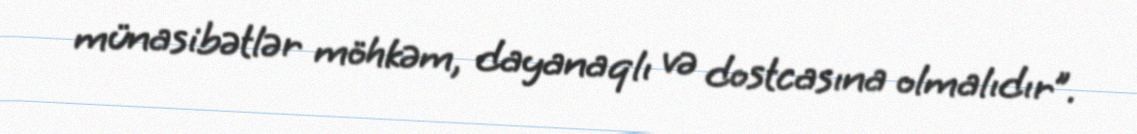
münasibətlər möhkəm, dayanaqlı və dostcasına olmalıdır”.